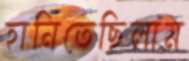
হানিতেছিলাম